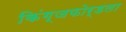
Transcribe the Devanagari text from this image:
किंग्जफोर्डला